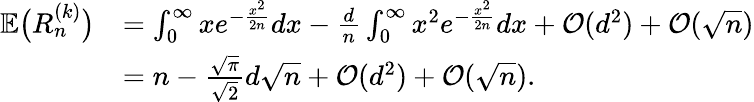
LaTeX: \begin{array}{rl}{\mathbb{E}\big(R_{n}^{(k)}\big)}&{=\int_{0}^{\infty}xe^{-\frac{x^{2}}{2n}}dx-\frac{d}{n}\int_{0}^{\infty}x^{2}e^{-\frac{x^{2}}{2n}}dx+\mathcal{O}(d^{2})+\mathcal{O}(\sqrt{n})}\\ &{=n-\frac{\sqrt{\pi}}{\sqrt{2}}d\sqrt{n}+\mathcal{O}(d^{2})+\mathcal{O}(\sqrt{n}).}\end{array}